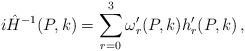
LaTeX: \begin{align*}i \hat H^{-1}(P,k) = \sum_{r=0}^3 \omega_r^\prime (P,k) h_r^\prime (P,k) \, ,\end{align*}